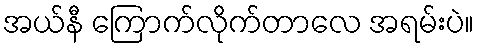
အယ်နီ ကြောက်လိုက်တာလေ အရမ်းပဲ။